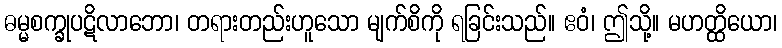
ဓမ္မစက္ခုပဋိလာဘော၊ တရားတည်းဟူသော မျက်စိကို ရခြင်းသည်။ ဧဝံ၊ ဤသို့။ မဟတ္ထိယော၊